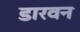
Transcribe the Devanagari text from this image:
डारवन